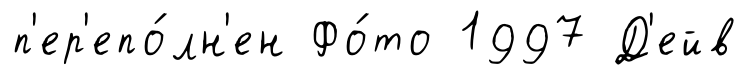
п'ер'епо́лн'ен Фо́то 1997 Д'ейв